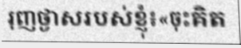
រុញថ្ងាសរបស់ខ្ញុំ៖«ចុះគិត